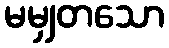
မမျှတသော